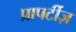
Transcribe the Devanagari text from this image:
प्रापर्टीज़